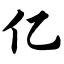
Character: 亿